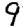
Digit: 9